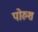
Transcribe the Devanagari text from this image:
पोरुश